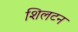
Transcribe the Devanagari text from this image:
शिलटन